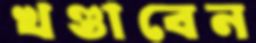
খণ্ডাবেন